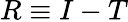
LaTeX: R\equiv I-T